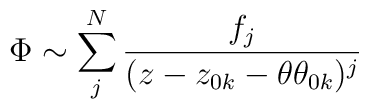
\Phi\sim \sum_{j}^{N}\frac{f_{j}}{(z-z_{0k}-\theta\theta_{0k})^{j}}